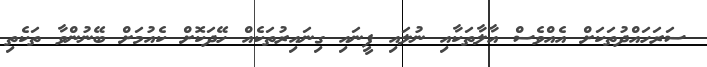
ސަރަހައްދުތަކަށް އެއްވެސް އާލާތަކާއި ނުލައި ފީނައި ގިނައިރުތަކެއް ހޭދަކޮށް ކެއުމަށް ބޭނުންވާ ތަކެތި